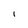
Character: I